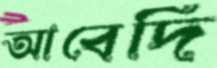
আবেদি